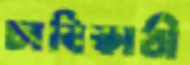
চাবিকাঠী